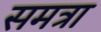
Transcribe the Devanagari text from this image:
समत्रा